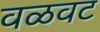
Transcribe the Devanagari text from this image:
वळवट